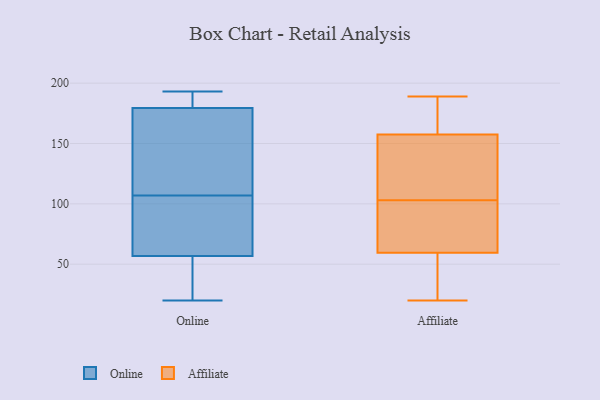
{"axis": {"x": "Inventory Turnover", "y": "Value"}, "legend": ["Affiliate", "Online"], "data": [{"x": "", "y": 73, "type": "Online"}, {"x": "", "y": 184, "type": "Online"}, {"x": "", "y": 20, "type": "Online"}, {"x": "", "y": 124, "type": "Online"}, {"x": "", "y": 192, "type": "Online"}, {"x": "", "y": 107, "type": "Online"}, {"x": "", "y": 20, "type": "Online"}, {"x": "", "y": 166, "type": "Online"}, {"x": "", "y": 103, "type": "Online"}, {"x": "", "y": 52, "type": "Online"}, {"x": "", "y": 155, "type": "Online"}, {"x": "", "y": 24, "type": "Online"}, {"x": "", "y": 71, "type": "Online"}, {"x": "", "y": 193, "type": "Online"}, {"x": "", "y": 190, "type": "Online"}, {"x": "", "y": 21, "type": "Affiliate"}, {"x": "", "y": 166, "type": "Affiliate"}, {"x": "", "y": 99, "type": "Affiliate"}, {"x": "", "y": 93, "type": "Affiliate"}, {"x": "", "y": 70, "type": "Affiliate"}, {"x": "", "y": 117, "type": "Affiliate"}, {"x": "", "y": 163, "type": "Affiliate"}, {"x": "", "y": 145, "type": "Affiliate"}, {"x": "", "y": 20, "type": "Affiliate"}, {"x": "", "y": 50, "type": "Affiliate"}, {"x": "", "y": 156, "type": "Affiliate"}, {"x": "", "y": 189, "type": "Affiliate"}, {"x": "", "y": 56, "type": "Affiliate"}, {"x": "", "y": 80, "type": "Affiliate"}, {"x": "", "y": 120, "type": "Affiliate"}, {"x": "", "y": 43, "type": "Affiliate"}, {"x": "", "y": 103, "type": "Affiliate"}, {"x": "", "y": 158, "type": "Affiliate"}, {"x": "", "y": 170, "type": "Affiliate"}]}